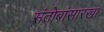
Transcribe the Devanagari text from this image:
संतोबांसारखा